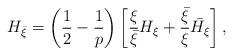
LaTeX: \begin{align*} H_{\bar \xi}=\left(\frac12-\frac1p\right)\left[ \frac{\xi}{\bar \xi } H_\xi+\frac{\bar \xi}{ \xi }\bar {H_\xi} \right], \end{align*}